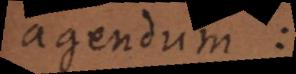
agendum: